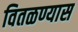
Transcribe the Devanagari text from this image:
वितळण्यास